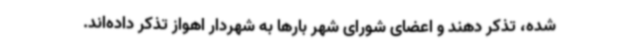
شده، تذکر دهند و اعضای شورای شهر بارها به شهردار اهواز تذکر داده‌اند.